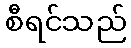
စီရင်သည်